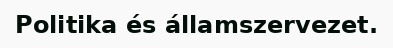
Politika és államszervezet.